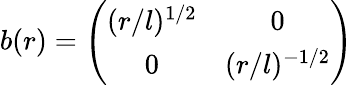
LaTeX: b(r)=\left(\begin{array}{cc}{{(r/l)^{1/2}}}&{{0}}\\ {{0}}&{{(r/l)^{-1/2}}}\end{array}\right)